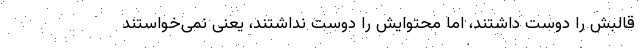
قالبش را دوست داشتند، اما محتوایش را دوست نداشتند، یعنی نمی‌خواستند